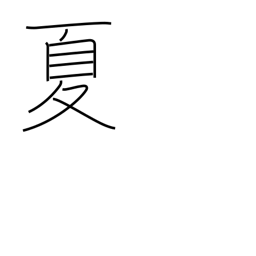
Meaning: summer